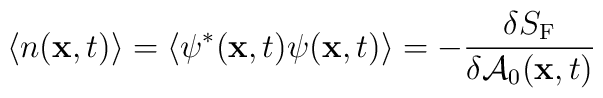
\langle n({\bf x},t)\rangle=\langle \psi^*({\bf x},t)  \psi({\bf x},t)  \rangle =-{\frac{\delta S_{\rm F} }{\delta {\cal A}_0({{\bf x},t})}}